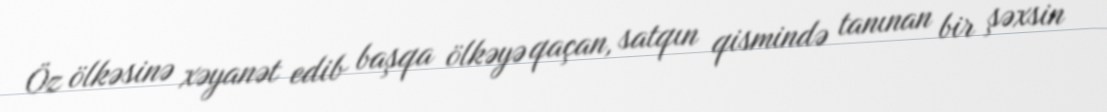
Öz ölkəsinə xəyanət edib başqa ölkəyə qaçan, satqın qismində tanınan bir şəxsin